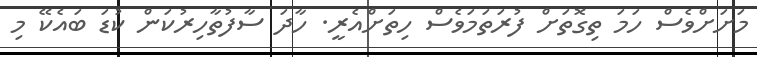
މަށަށްވެސް ހަމަ ތިގޮތަށް ފުރަތަމަވެސް ހިތަށްއެރީ. ހާދަ ސާފުތާހިރުކަން ކުޑަ ބައެކޭ މި